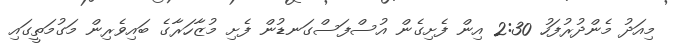
މިއަދު މެންދުރުފަހު 2:30 އިން ފެށިގެން އުސްފަސްގަނޑުން ފެށި މުޒާހަރާގެ ބައިވެރިން މަގުމަތީގައި